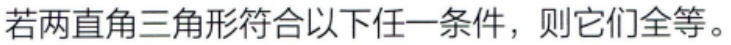
若两直角三角形符合以下任一条件，则它们全等。